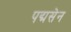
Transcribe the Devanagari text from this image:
पद्मसेन